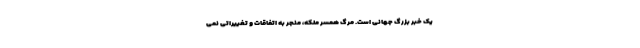
یک خبر بزرگ جهانی است. مرگ همسر ملکه، منجر به اتفاقات و تغییراتی نمی